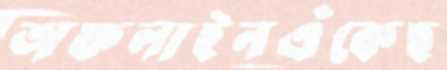
অফলাইনএঁকেছ